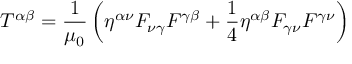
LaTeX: T ^ { \alpha \beta } = { \frac { 1 } { \mu _ { 0 } } } \left( \eta ^ { \alpha \nu } F _ { \nu \gamma } F ^ { \gamma \beta } + { \frac { 1 } { 4 } } \eta ^ { \alpha \beta } F _ { \gamma \nu } F ^ { \gamma \nu } \right)